Leaving Certificate Examination, 1916
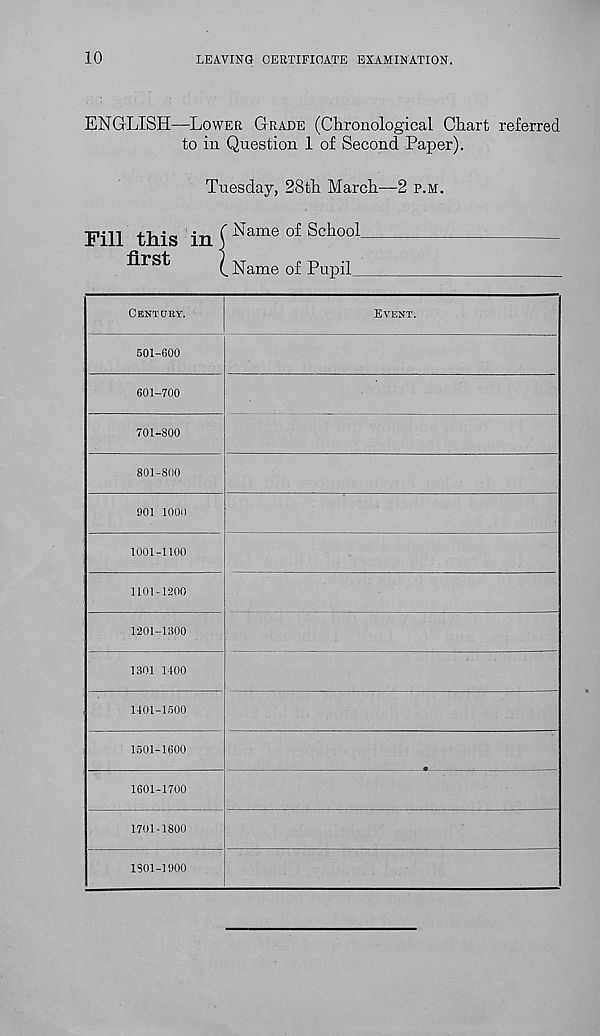
10
LEAVING CERTIFICATE EXAMINATION.
ENGLISH—LOWER GRADE (Chronological Chart referred
to in Question 1 of Second Paper).
Tuesday, 28th March—2 P.M.
Fill this in
first
Name of School
Name of Pupil ..
CENTDET.
501-600
601-700
701-800
801-800
EVENT.
901 1000
1001-1100
1101-1200
1201-1800
1301 1100
1101-1500
1501-1600
1601-1700
1701-1800
1801-1900